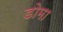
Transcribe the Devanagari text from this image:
डोमा